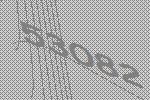
53082